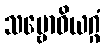
သမ္ဗောဓိယဂ္ဂံ